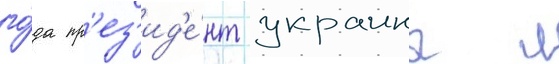
го́да пр'ез'ид'е́нт украины л